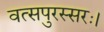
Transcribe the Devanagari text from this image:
वत्सपुरस्सरः।